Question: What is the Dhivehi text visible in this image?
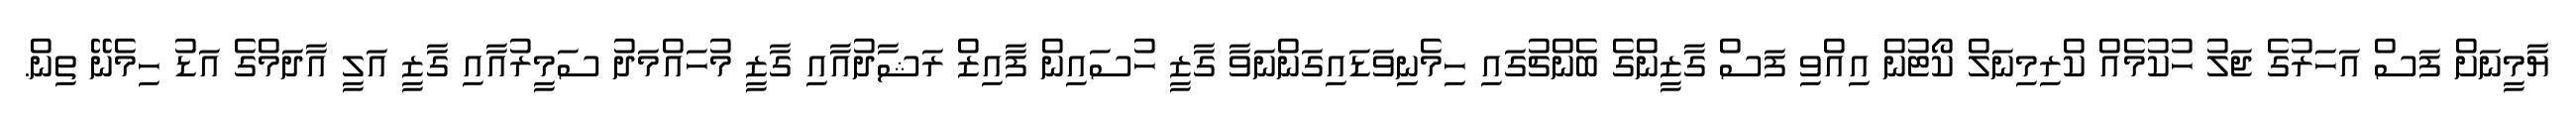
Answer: ޔާމީނަށް ފަސް އަހަރުގެ ޖަލު ހުކުމެއް ކްރިމިނަލް ކޯޓުން އިއްވި ފަސް ގާޒީންގެ ބެންޗުގައި ހިމެނިވަޑައިގަންނަވާ ގާޒީ ހުސައިން ފާއިޒް ރަޝާދުއާއި ގާޒީ މުހައްމަދު ސަމީރުއާއި ގާޒީ އަލީ އާދަމްގެ އަޑު ހިމެނޭ ތިން.